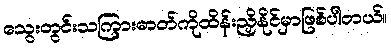
သွေးတွင်းသကြားဓာတ်ကိုထိန်းညှိနိုင်မှာဖြစ်ပါတယ်။